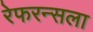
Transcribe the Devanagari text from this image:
रेफरन्सला